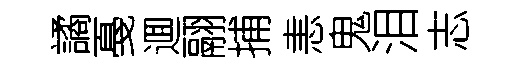
譎戞逥翮捕恚鬼泪志